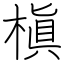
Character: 槇